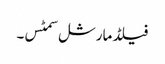
فیلڈ مارشل سمٹس۔